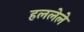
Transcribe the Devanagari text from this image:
हललेले